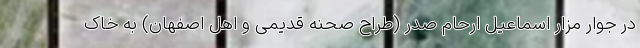
در جوار مزار اسماعیل ارحام صدر (طراح صحنه قدیمی و اهل اصفهان) به خاک